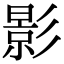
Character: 影